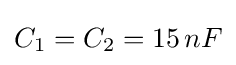
C_{1}=C_{2}=15\,nF